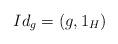
LaTeX: \begin{align*} Id_g = (g,1_H) \end{align*}